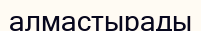
алмастырады